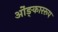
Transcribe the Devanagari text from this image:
ओंङ्काररूप